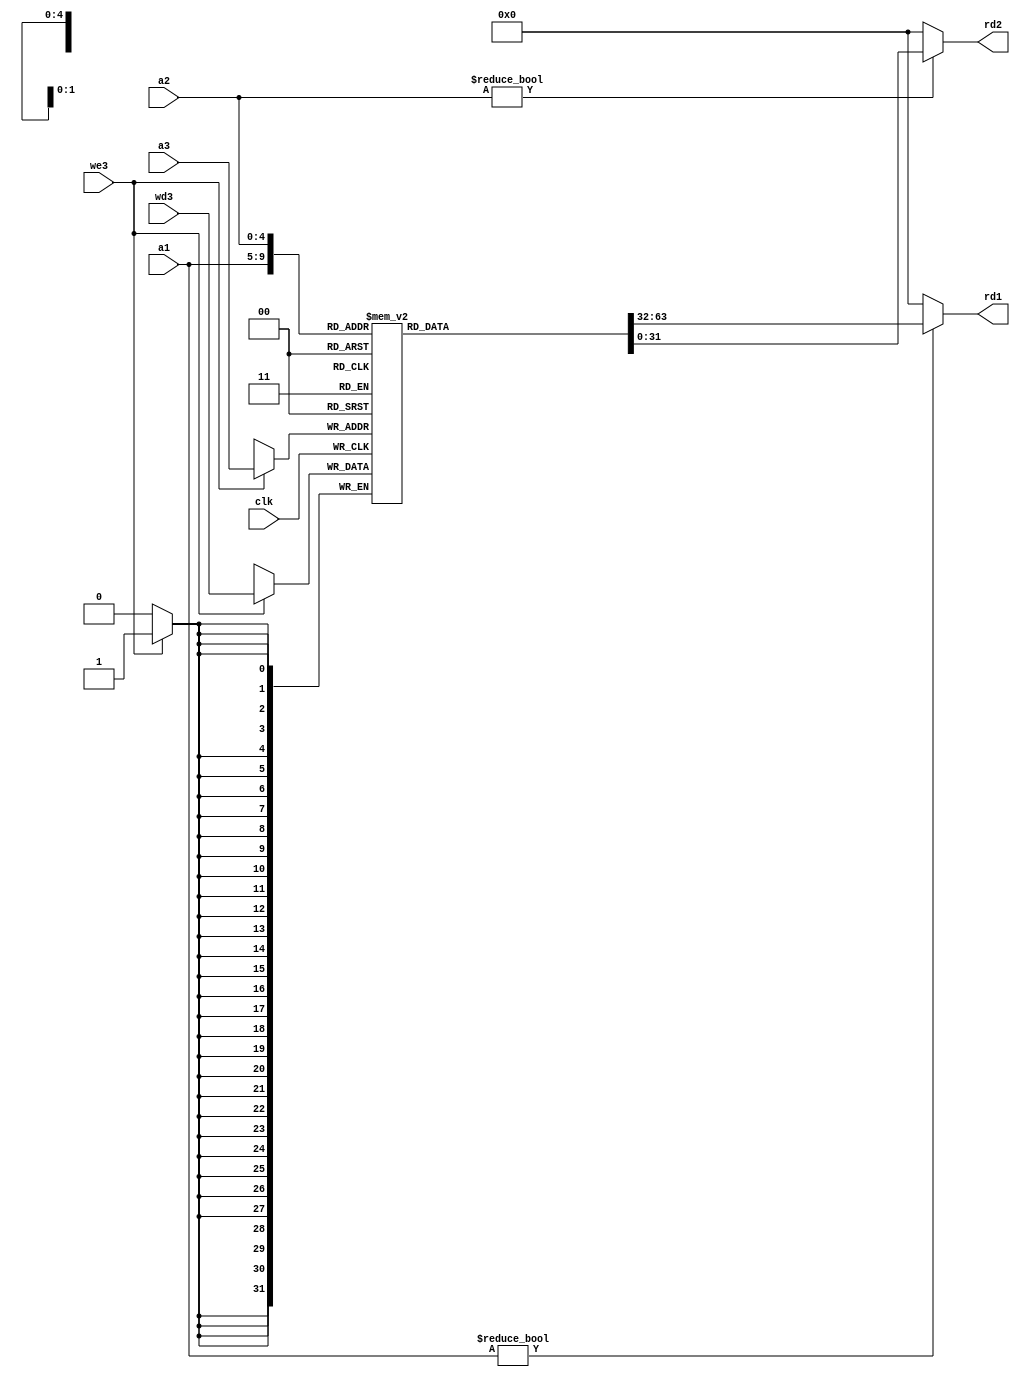
`timescale 1ns / 1ps
//////////////////////////////////////////////////////////////////////////////////
// Company: 
// Engineer: 
// 
// Design Name: 
// Module Name: RegisterFile
// Project Name: 
// Target Devices: 
// Tool Versions: 
// Description: 
// 
// Dependencies: 
// 
// Revision:
// Revision 0.01 - File Created
// Additional Comments:
// 
//////////////////////////////////////////////////////////////////////////////////


module REGISTER_FILE 
    (input we3, //wirte enable
    input clk,
    input [4:0] a1,   //output what register to rd1
    input [4:0] a2,   //output what register to rd2
    input [4:0] a3,   //input to what register
    input [31:0] wd3, //write data
    output [31:0] rd1,//output the read data
    output [31:0] rd2 //output the read data
    );
    reg [31:0] register_file[31:0];
    //output
    assign rd1 = (a1!=0)?register_file[a1]:0; 
    assign rd2 = (a2!=0)?register_file[a2]:0;
    
    initial
        begin
            register_file[0]=0;
            register_file[16]=16;
            register_file[17]=1;
            register_file[18]=2;
            register_file[19]=3;
            register_file[20]=20;
            register_file[21]=0;
        end

    always@(posedge clk) //write data to register
    begin
        if(we3)
            register_file[a3]<=wd3;
    end
endmodule